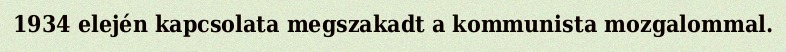
1934 elején kapcsolata megszakadt a kommunista mozgalommal.